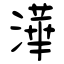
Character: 澕